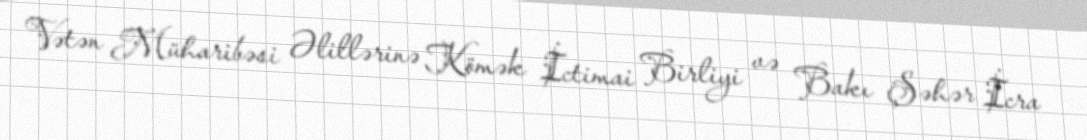
Vətən Müharibəsi Əlillərinə Kömək İctimai Birliyi və Bakı Şəhər İcra